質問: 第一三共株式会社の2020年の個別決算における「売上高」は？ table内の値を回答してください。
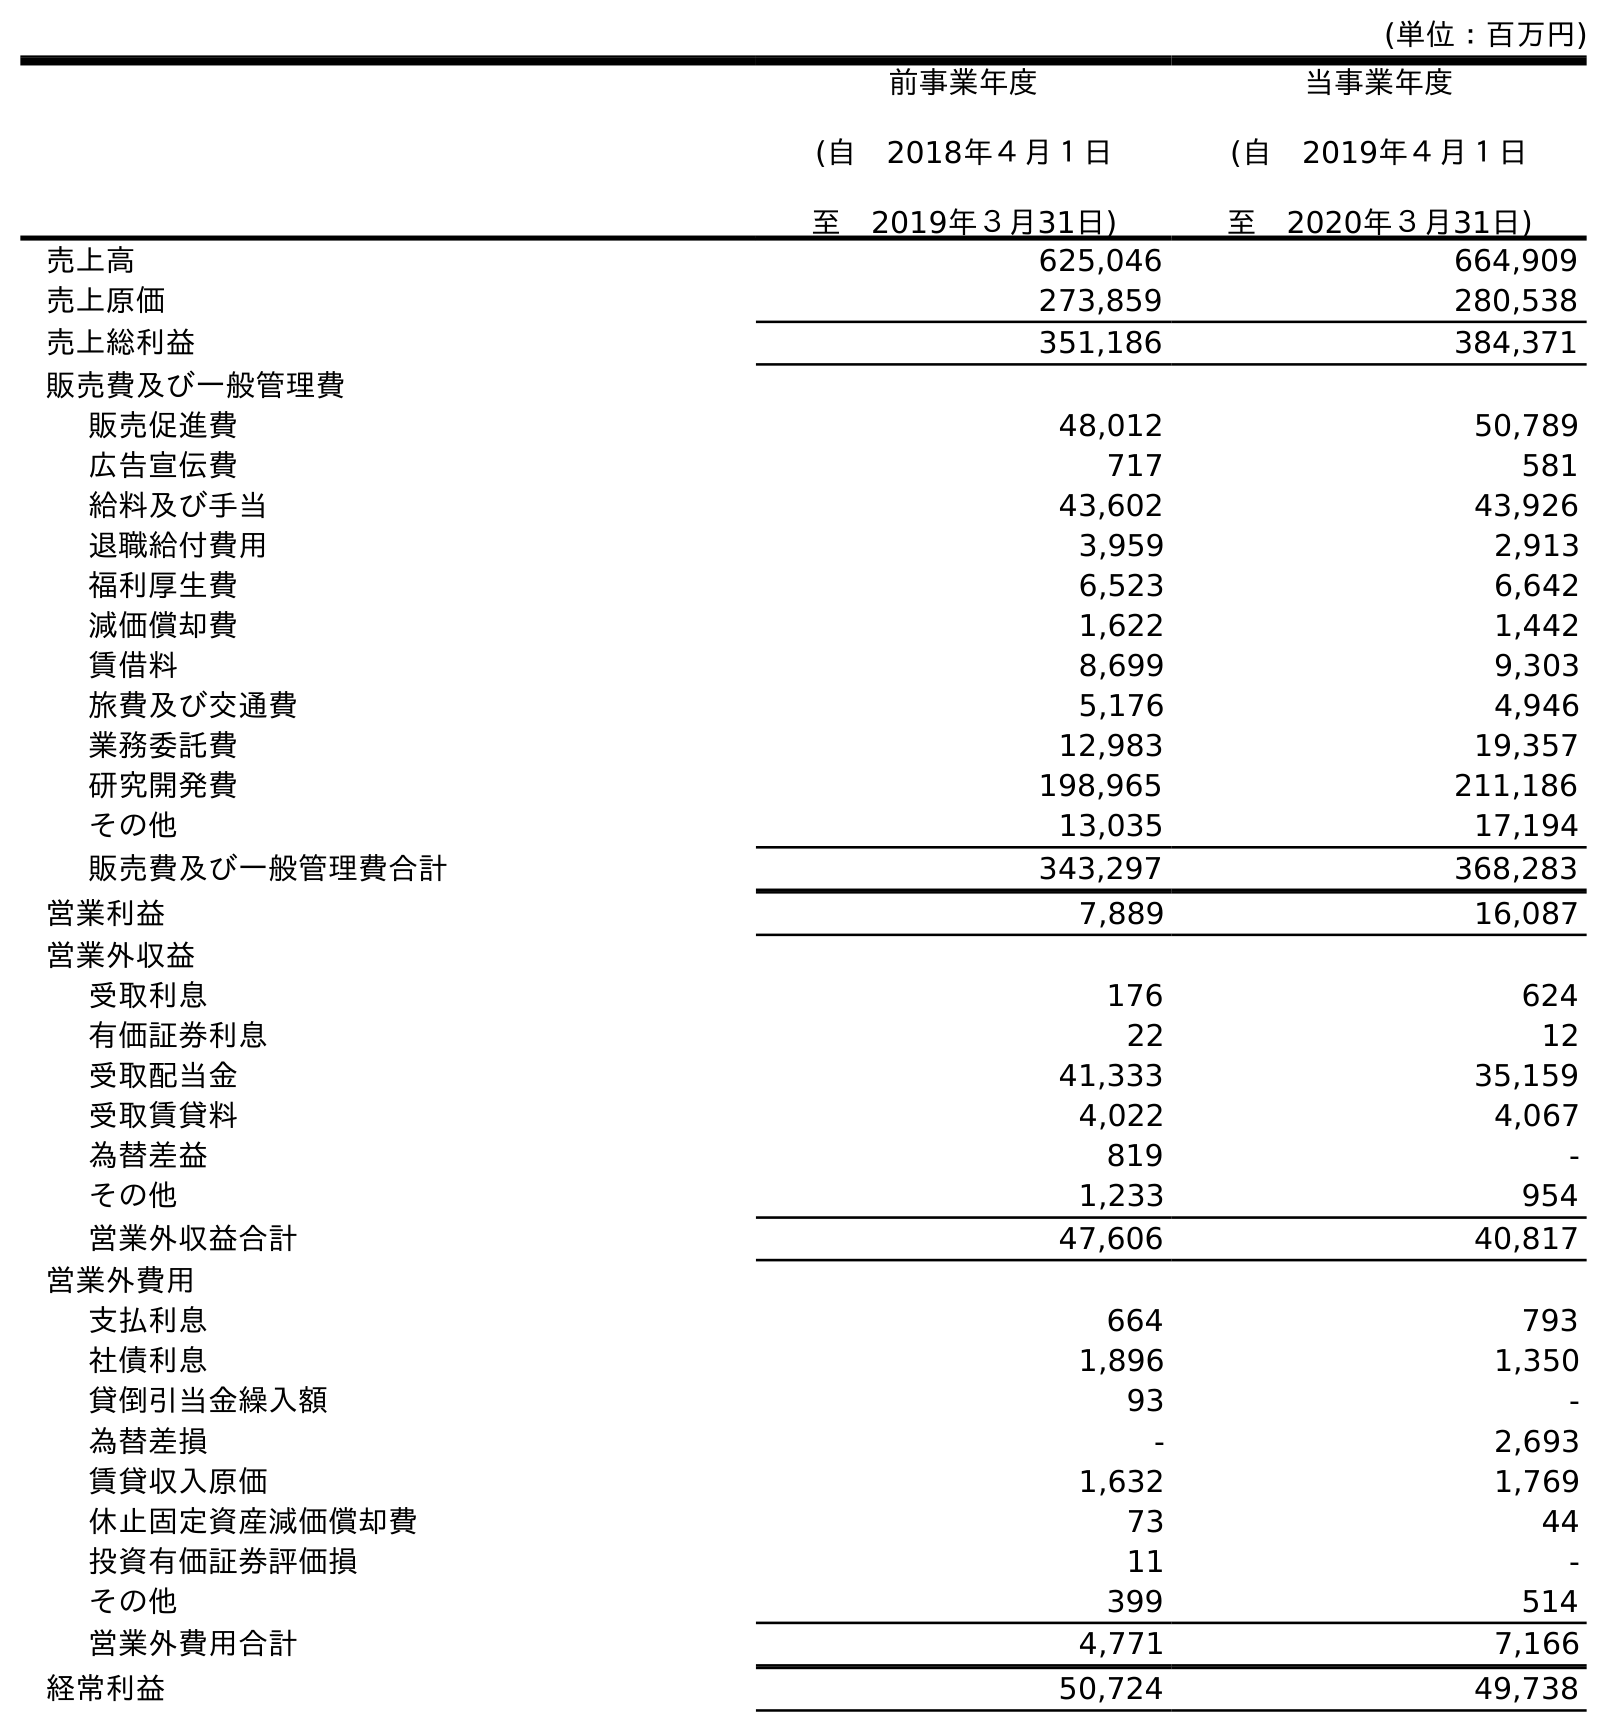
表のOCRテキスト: (単位：百万円) 前事業年度 (自 2018年４月１日 至 2019年３月31日) 当事業年度 (自 2019年４月１日 至 2020年３月31日) 売上高 625,046 664,909 売上原価 273,859 280,538 売上総利益 351,186 384,371 販売費及び一般管理費 販売促進費 48,012 50,789 広告宣伝費 717 581 給料及び手当 43,602 43,926 退職給付費用 3,959 2,913 福利厚生費 6,523 6,642 減価償却費 1,622 1,442 賃借料 8,699 9,303 旅費及び交通費 5,176 4,946 業務委託費 12,983 19,357 研究開発費 198,965 211,186 その他 13,035 17,194 販売費及び一般管理費合計 343,297 368,283 営業利益 7,889 16,087 営業外収益 受取利息 176 624 有価証券利息 22 12 受取配当金 41,333 35,159 受取賃貸料 4,022 4,067 為替差益 819 - その他 1,233 954 営業外収益合計 47,606 40,817 営業外費用 支払利息 664 793 社債利息 1,896 1,350 貸倒引当金繰入額 93 - 為替差損 - 2,693 賃貸収入原価 1,632 1,769 休止固定資産減価償却費 73 44 投資有価証券評価損 11 - その他 399 514 営業外費用合計 4,771 7,166 経常利益 50,724 49,738
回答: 664,909